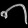
Digit: ၈